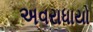
અવરાધાયો